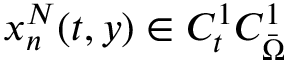
x _ { n } ^ { N } ( t , y ) \in C _ { t } ^ { 1 } C _ { \Bar { \Omega } } ^ { 1 }